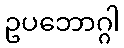
ဥပဘောဂ္ဂါ